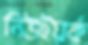
নিউইয়র্ক